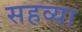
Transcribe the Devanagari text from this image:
सहव्या